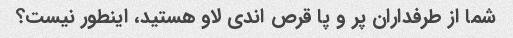
شما از طرفداران پر و پا قرص اندی لاو هستید، اینطور نیست؟